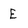
Character: E